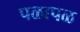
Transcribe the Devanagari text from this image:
पळापळ